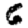
Digit: 6